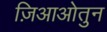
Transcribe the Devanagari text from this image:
ज़िआओतुन